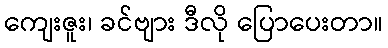
ကျေးဇူး၊ ခင်ဗျား ဒီလို ပြောပေးတာ။